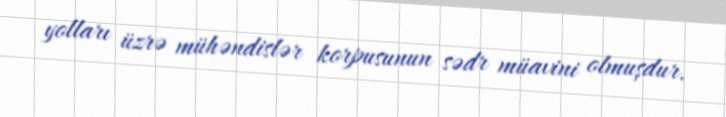
yolları üzrə mühəndislər korpusunun sədr müavini olmuşdur.